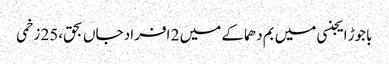
باجوڑ ایجنسی میں بم دھماکے میں 2 افراد جاں بحق،25 زخمی